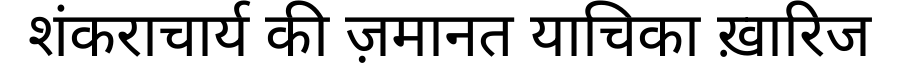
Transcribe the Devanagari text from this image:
शंकराचार्य की ज़मानत याचिका ख़ारिज